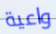
واعية